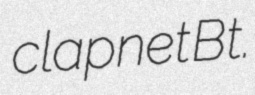
clapnet Bt.